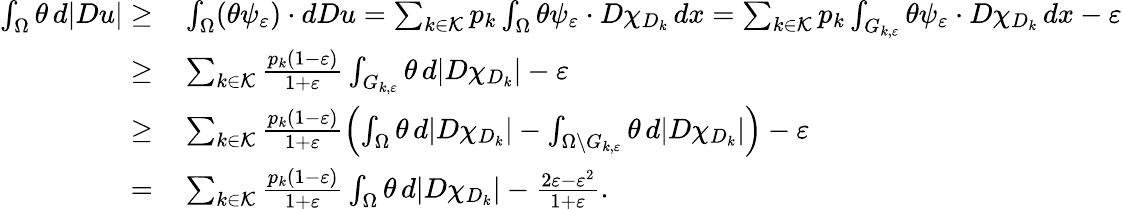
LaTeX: \begin{array}{rl}{\int_{\Omega}\theta\, d|Du|\geq}&{{}\int_{\Omega}(\theta\psi_{\varepsilon})\cdot dDu=\sum_{k\in\mathcal K}p_{k}\int_{\Omega}\theta\psi_{\varepsilon}\cdot D\chi_{D_{k}}\, dx=\sum_{k\in\mathcal K}p_{k}\int_{G_{k,\varepsilon}}\theta\psi_{\varepsilon}\cdot D\chi_{D_{k}}\, dx-\varepsilon}\\ {\geq}&{{}\sum_{k\in\mathcal K}\frac{p_{k}(1-\varepsilon)}{1+\varepsilon}\int_{G_{k,\varepsilon}}\theta\, d|D\chi_{D_{k}}|-\varepsilon}\\ {\geq}&{{}\sum_{k\in\mathcal K}\frac{p_{k}(1-\varepsilon)}{1+\varepsilon}\left(\int_{\Omega}\theta\, d|D\chi_{D_{k}}|-\int_{\Omega\setminus G_{k,\varepsilon}}\theta\, d|D\chi_{D_{k}}|\right)-\varepsilon}\\ {=}&{{}\sum_{k\in\mathcal K}\frac{p_{k}(1-\varepsilon)}{1+\varepsilon}\int_{\Omega}\theta\, d|D\chi_{D_{k}}|-\frac{2\varepsilon-\varepsilon^{2}}{1+\varepsilon}.}\end{array}